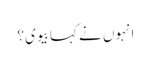
انہوں نے کہا بیوی؟